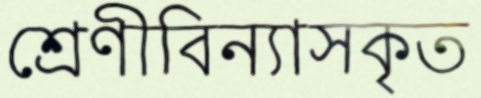
শ্রেণীবিন্যাসকৃত